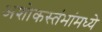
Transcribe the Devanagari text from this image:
अशोकस्तंभांमध्ये